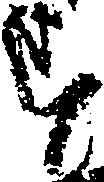
す